Papers set at the Examination for Leaving Certificates, 1889
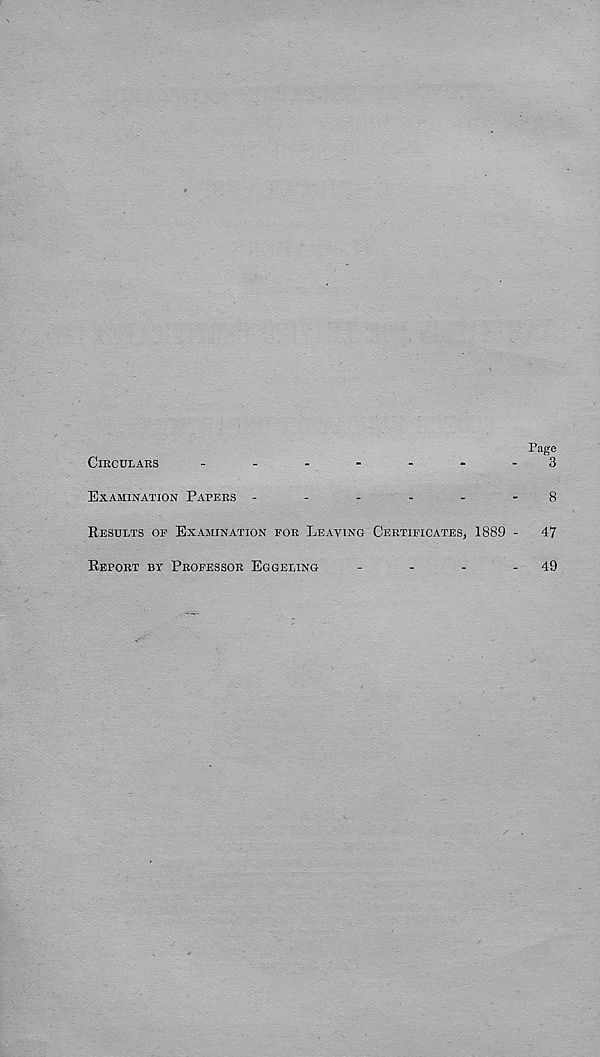
CIRCULARS
Page
3
EXAMINATION PAPERS
------
8
RESULTS OF EXAMINATION FOR LEAVING CERTIFICATES, 1889 -
47
REPORT BY PROFESSOR EGGELING
-
-
-
-
49